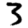
Digit: 3